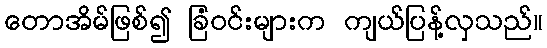
တောအိမ်ဖြစ်၍ ခြံဝင်းများက ကျယ်ပြန့်လှသည်။